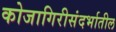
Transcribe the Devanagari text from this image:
कोजागिरीसंदर्भातील